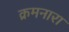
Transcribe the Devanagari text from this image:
क्रमनारा